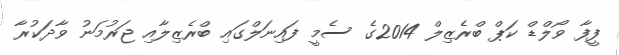
ފީފާ ވޯލްޑް ކަޕް ބްރެޒިލް 2014ގެ ސެމީ ފައިނަލްގައި ބްރެޒިލާއި ޖަރުމަނު ވާދަކުރާ